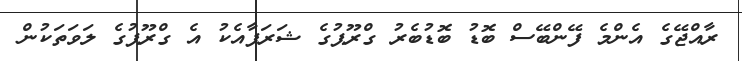
ރާއްޖޭގެ އެންމެ ފޭންބޭސް ބޮޑު ބޮޑުބެރު ގްރޫޕުގެ ޝަރަފާއެކު އެ ގްރޫޕުގެ ލަވަތަކުން